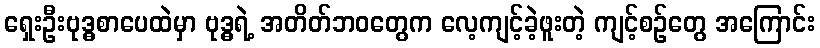
ရှေးဦးဗုဒ္ဓစာပေထဲမှာ ဗုဒ္ဓရဲ့ အတိတ်ဘဝတွေက လေ့ကျင့်ခဲ့ဖူးတဲ့ ကျင့်စဉ်တွေ အကြောင်း